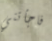
فاجأتني